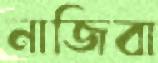
নাজিবা